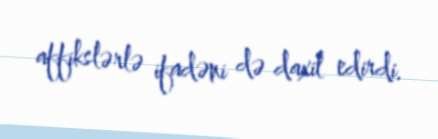
affikslərlə ifadəni də daxil edirdi.